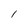
Character: l